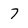
Character: 7